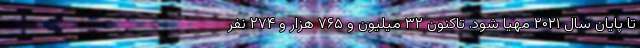
تا پایان سال ۲۰۲۱ مهیا شود. تاکنون ۳۲ میلیون و ۷۶۵ هزار و ۲۷۴ نفر